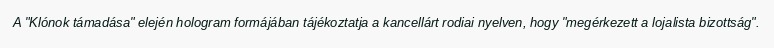
A "Klónok támadása" elején hologram formájában tájékoztatja a kancellárt rodiai nyelven, hogy "megérkezett a lojalista bizottság".